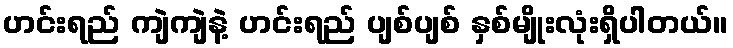
ဟင်းရည် ကျဲကျဲနဲ့ ဟင်းရည် ပျစ်ပျစ် နှစ်မျိုးလုံးရှိပါတယ်။